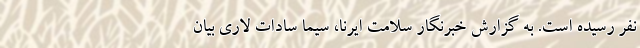
نفر رسیده است. به گزارش خبرنگار سلامت ایرنا، سیما سادات لاری بیان